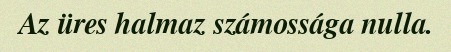
Az üres halmaz számossága nulla.